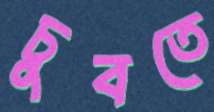
চুবতে